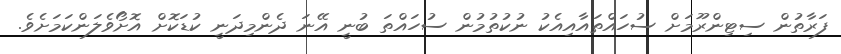
ފަރާތުން ސިޓިންރޫމަށް ސުހައްތައާއިއެކު ނުކުތުމުން ސުހައްތަ ބުނީ އޭނަ ދެންމިދަނީ ކުޑަކޮށް އޮށޯވެލަންކަމަށެވެ.